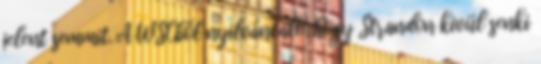
jelent semmit. A WSCből nyilvánvaló, hogy Strandon kivül senki